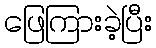
ဖြေကြားခဲ့ပြီး